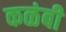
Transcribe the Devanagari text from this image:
कळंबी